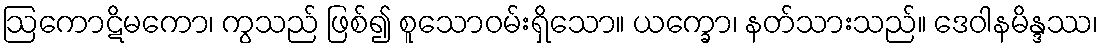
ဩကောဋိမကော၊ ကွသည် ဖြစ်၍ စူသောဝမ်းရှိသော။ ယက္ခော၊ နတ်သားသည်။ ဒေဝါနမိန္ဒဿ၊